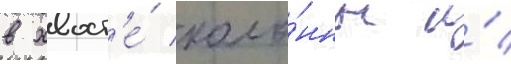
в хвост'е́ коло́нны и́